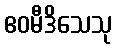
ဧဝမီဒိသေသု